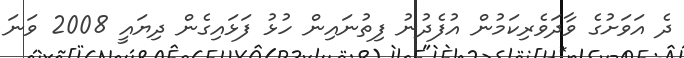
ދެ އަވަށުގެ ވާދަވެރިކަމުން އުފެދުނު ފިތުނައިން ހުޅު ފަޅައިގެން ދިޔައީ 2008 ވަނަ